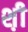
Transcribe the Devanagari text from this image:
श़ी